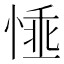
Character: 𢝤